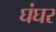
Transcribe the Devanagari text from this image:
घंघर